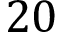
2 0